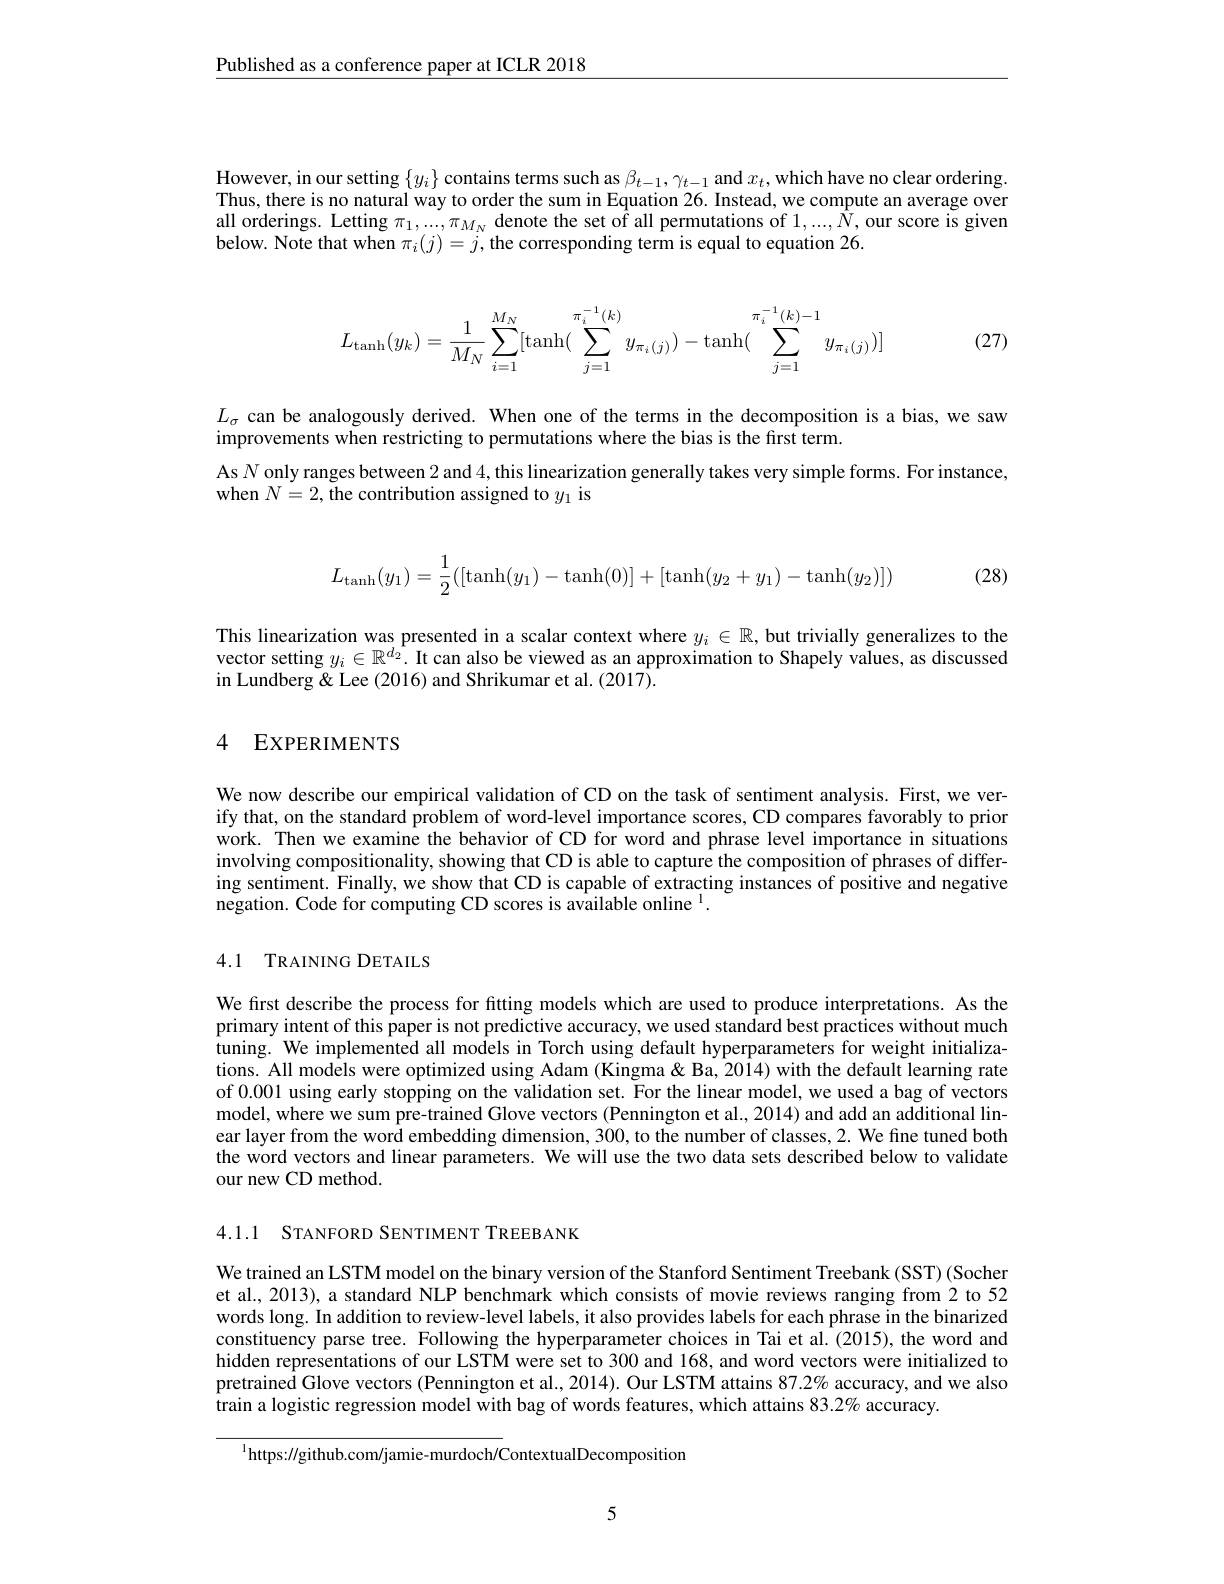
$\underline{\text{Published as a conference paper at ICLR 2018}}$

However, in our setting $\{y_i\}$ contains terms such as $\beta_{t-1},\gamma_{t-1}$ and $x_t$,which have no clear ordering. Thus, there is no natural way to order the sum in Equation 26. Instead, we compute an average over all orderings. Letting $\pi_1,...,\pi_{M_N}$ denote the set of all permutations of $1,...,\hat{N}$, our score is given below. Note that when $\pi_i(j)=j$,the corresponding term is equal to equation 26.
$$L_{\tanh}(y_k)=\dfrac{1}{M_N}\sum_{i=1}^{M_N}[\tanh(\sum_{j=1}^{\pi_i^{-1}(k)}y_{\pi_i(j)})-\tanh(\sum_{j=1}^{\pi_i^{-1}(k)-1}y_{\pi_i(j)})]$$
(27)

$L_{\sigma}$ can be analogously derived. When one of the terms in the decomposition is a bias, we saw
improvements when restricting to permutations where the bias is the first term.
As $N$ only ranges between 2 and 4,this linearization generally takes very simple forms. For instance,
when $N=2$, the contribution assigned to $y_1$ is
$$L_{\tanh}(y_1)=\dfrac{1}{2}([\tanh(y_1)-\tanh(0)]+[\tanh(y_2+y_1)-\tanh(y_2)])$$
(28)

This linearization was presented in a scalar context where $y_i\in\mathbb{R}$, but trivially generalizes to the vector setting $y_i\in\mathbb{R}^{d_2}.$ It can also be viewed as an approximation to Shapely values, as discussed in Lundberg & Lee (2016) and Shrikumar et al. (2017).

### 4 EXPERIMENTS

We now describe our empirical validation of CD on the task of sentiment analysis. First, we verify that, on the standard problem of word-level importance scores, CD compares favorably to prior work. Then we examine the behavior of CD for word and phrase level importance in situations involving compositionality, showing that CD is able to capture the composition of phrases of differing sentiment. Finally, we show that CD is capable of extracting instances of positive and negative negation. Code for computing CD scores is available online $^1.$

## 4.1 TRAINING DETAILS

We first describe the process for fitting models which are used to produce interpretations. As the primary intent of this paper is not predictive accuracy, we used standard best practices without much tuning. We implemented all models in Torch using default hyperparameters for weight initializations. All models were optimized using Adam (Kingma&Ba, 2014) with the default learning rate of 0.001 using early stopping on the validation set. For the linear model, we used a bag of vectors model, where we sum pre-trained Glove vectors (Pennington et al., 2014) and add an additional linear layer from the word embedding dimension, 300, to the number of classes, 2. We fine tuned both the word vectors and linear parameters. We will use the two data sets described below to validate our new CD method.

4.1.1 STANFORD SENTIMENT TREEBANK

We trained an LSTM model on the binary version of the Stanford Sentiment Treebank (SST) (Socher et al., 2013), a standard NLP benchmark which consists of movie reviews ranging from 2 to 52 words long. In addition to review-level labels, it also provides labels for each phrase in the binarized constituency parse tree. Following the hyperparameter choices in Tai et al.(2015), the word and hidden representations of our LSTM were set to 300 and 168, and word vectors were initialized to pretrained Glove vectors (Pennington et al., 2014). Our LSTM attains 87.2% accuracy, and we also train a logistic regression model with bag of words features, which attains 83.2% accuracy.

$^{1}$https://github.com/jamie-murdoch/ContextualDecomposition

5